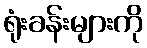
ရုံးခန်းများကို